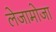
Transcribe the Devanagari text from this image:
लेजामोजा